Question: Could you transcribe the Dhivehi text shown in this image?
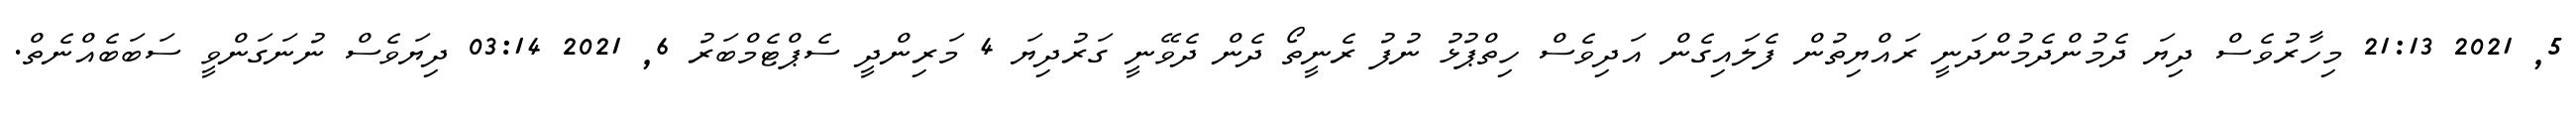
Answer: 5, 2021 21:13 މިހާރުވެސް ދިޔަ ދެމުންދެމުންދަނީ ރައްޔިތުން ފެލައިގެން އަދިވެސް ހިތްޕުޅު ނުފު ރެނީތޯ ދެން ދެވޭނީ ގަރުދިޔަ 4 މަރިންދީ ސެޕްޓެމްބަރު 6, 2021 03:14 ދިޔަވެސް ނުނަގަންވީ ސަބަބެއްނެތް.